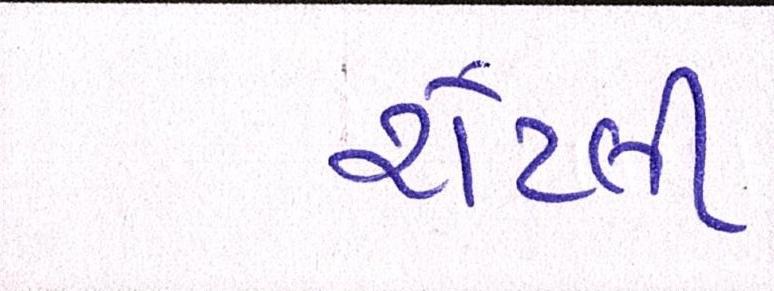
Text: રોટલી